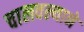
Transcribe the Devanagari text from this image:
चालवल्याने